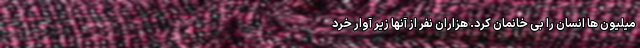
میلیون ها انسان را بی خانمان کرد. هزاران نفر از آنها زیر آوار خرد